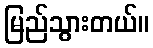
မြည်သွားတယ်။